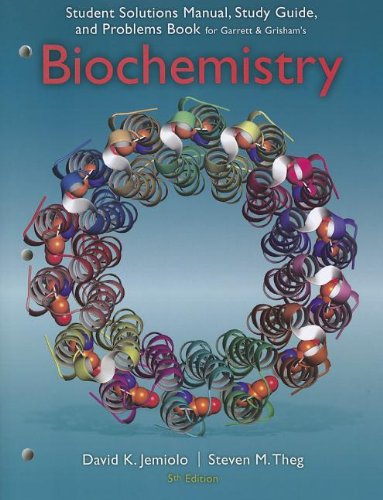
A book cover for Study Guide with Student Solutions Manual and Problems Book for Garrett/Grisham's Biochemistry, 5th; Reginald H. Garrett; Medical Books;